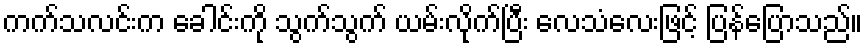
ကက်သလင်းက ခေါင်းကို သွက်သွက် ယမ်းလိုက်ပြီး လေသံလေးဖြင့် ပြန်ပြောသည်။